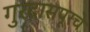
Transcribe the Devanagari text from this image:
गुरदासपूरचे